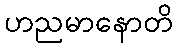
ဟညမာနောတိ